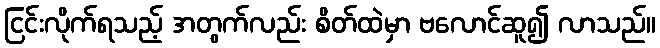
ငြင်းလိုက်ရသည့် အတွက်လည်း စိတ်ထဲမှာ ဗလောင်ဆူ၍ လာသည်။